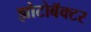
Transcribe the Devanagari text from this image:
झोटोबॅक्टर